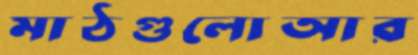
মাঠগুলোআর